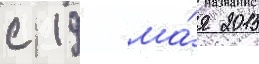
с 19 ма́я 2015